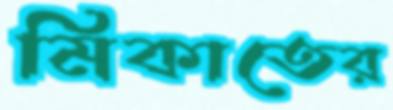
মিকাতের